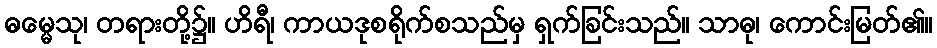
ဓမ္မေသု၊ တရားတို့၌။ ဟိရီ၊ ကာယဒုစရိုက်စသည်မှ ရှက်ခြင်းသည်။ သာဓု၊ ကောင်းမြတ်၏။